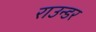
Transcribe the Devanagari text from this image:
राउन्डर